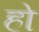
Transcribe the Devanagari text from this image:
हो